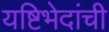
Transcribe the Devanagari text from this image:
यष्टिभेदांची